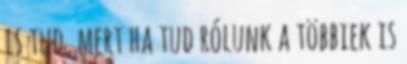
is tud, mert ha tud rólunk a többiek is